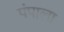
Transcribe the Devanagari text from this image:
पंपाला